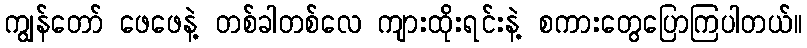
ကျွန်တော် ဖေဖေနဲ့ တစ်ခါတစ်လေ ကျားထိုးရင်းနဲ့ စကားတွေပြောကြပါတယ်။